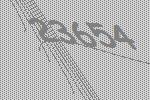
23654